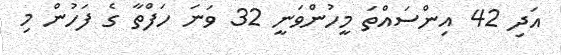
އަދި 42 އިންސައްތަ މީހުންވަނީ 32 ވަނަ ހަފްތާ ގެ ފަހުން މި